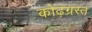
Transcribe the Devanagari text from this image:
कोढ़ग्रस्त